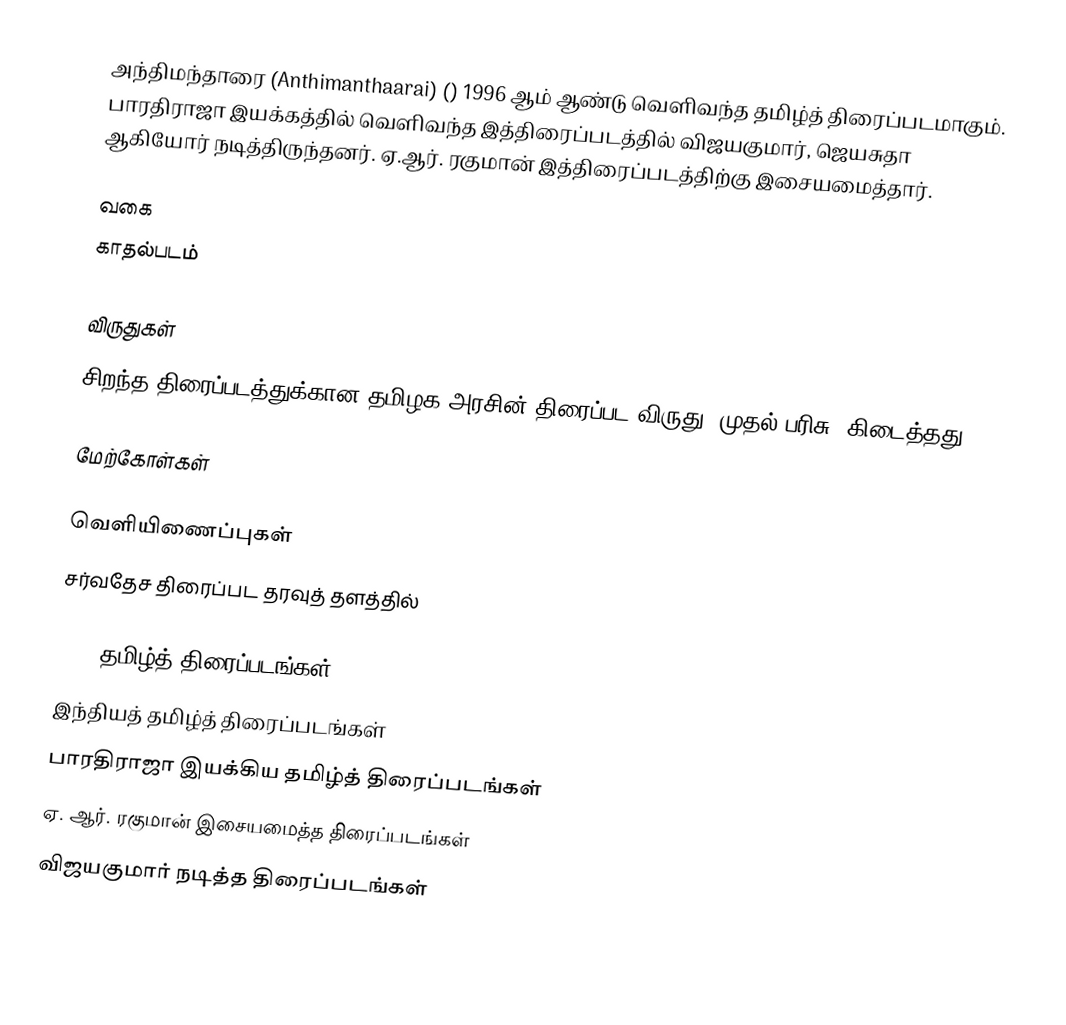
அந்திமந்தாரை (Anthimanthaarai) () 1996 ஆம் ஆண்டு வெளிவந்த தமிழ்த் திரைப்படமாகும். பாரதிராஜா இயக்கத்தில் வெளிவந்த இத்திரைப்படத்தில் விஜயகுமார், ஜெயசுதா ஆகியோர் நடித்திருந்தனர். ஏ.ஆர். ரகுமான் இத்திரைப்படத்திற்கு இசையமைத்தார்.

வகை
காதல்படம்

விருதுகள்
 சிறந்த திரைப்படத்துக்கான தமிழக அரசின் திரைப்பட விருது (முதல் பரிசு) கிடைத்தது.

மேற்கோள்கள்

வெளியிணைப்புகள்
சர்வதேச திரைப்பட தரவுத் தளத்தில்

1996 தமிழ்த் திரைப்படங்கள்
இந்தியத் தமிழ்த் திரைப்படங்கள்
பாரதிராஜா இயக்கிய தமிழ்த் திரைப்படங்கள்
ஏ. ஆர். ரகுமான் இசையமைத்த திரைப்படங்கள்
விஜயகுமார் நடித்த திரைப்படங்கள்